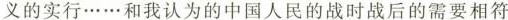
义的实行……和我认为的中国人民的战时战后的需要相符